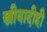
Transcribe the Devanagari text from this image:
स्त्रीवादीही